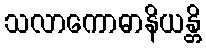
သလာကောဓာနိယန္တိ